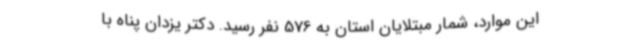
این موارد، شمار مبتلایان استان به 576 نفر رسید. دکتر یزدان پناه با